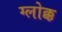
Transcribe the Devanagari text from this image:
ग्लोक्क